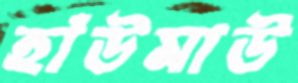
হাঁউমাউ